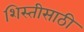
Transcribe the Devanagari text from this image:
शिस्तीसाठी